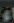
اء